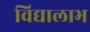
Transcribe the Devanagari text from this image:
विद्यालाभ